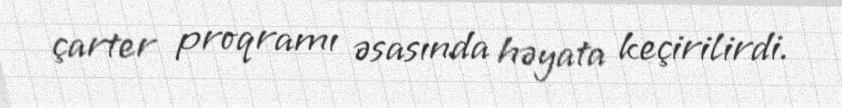
çarter proqramı əsasında həyata keçirilirdi.